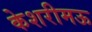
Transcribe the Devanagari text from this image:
केशरीमऊ